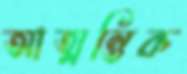
আত্মন্তিক